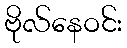
ဗိုလ်နေဝင်း